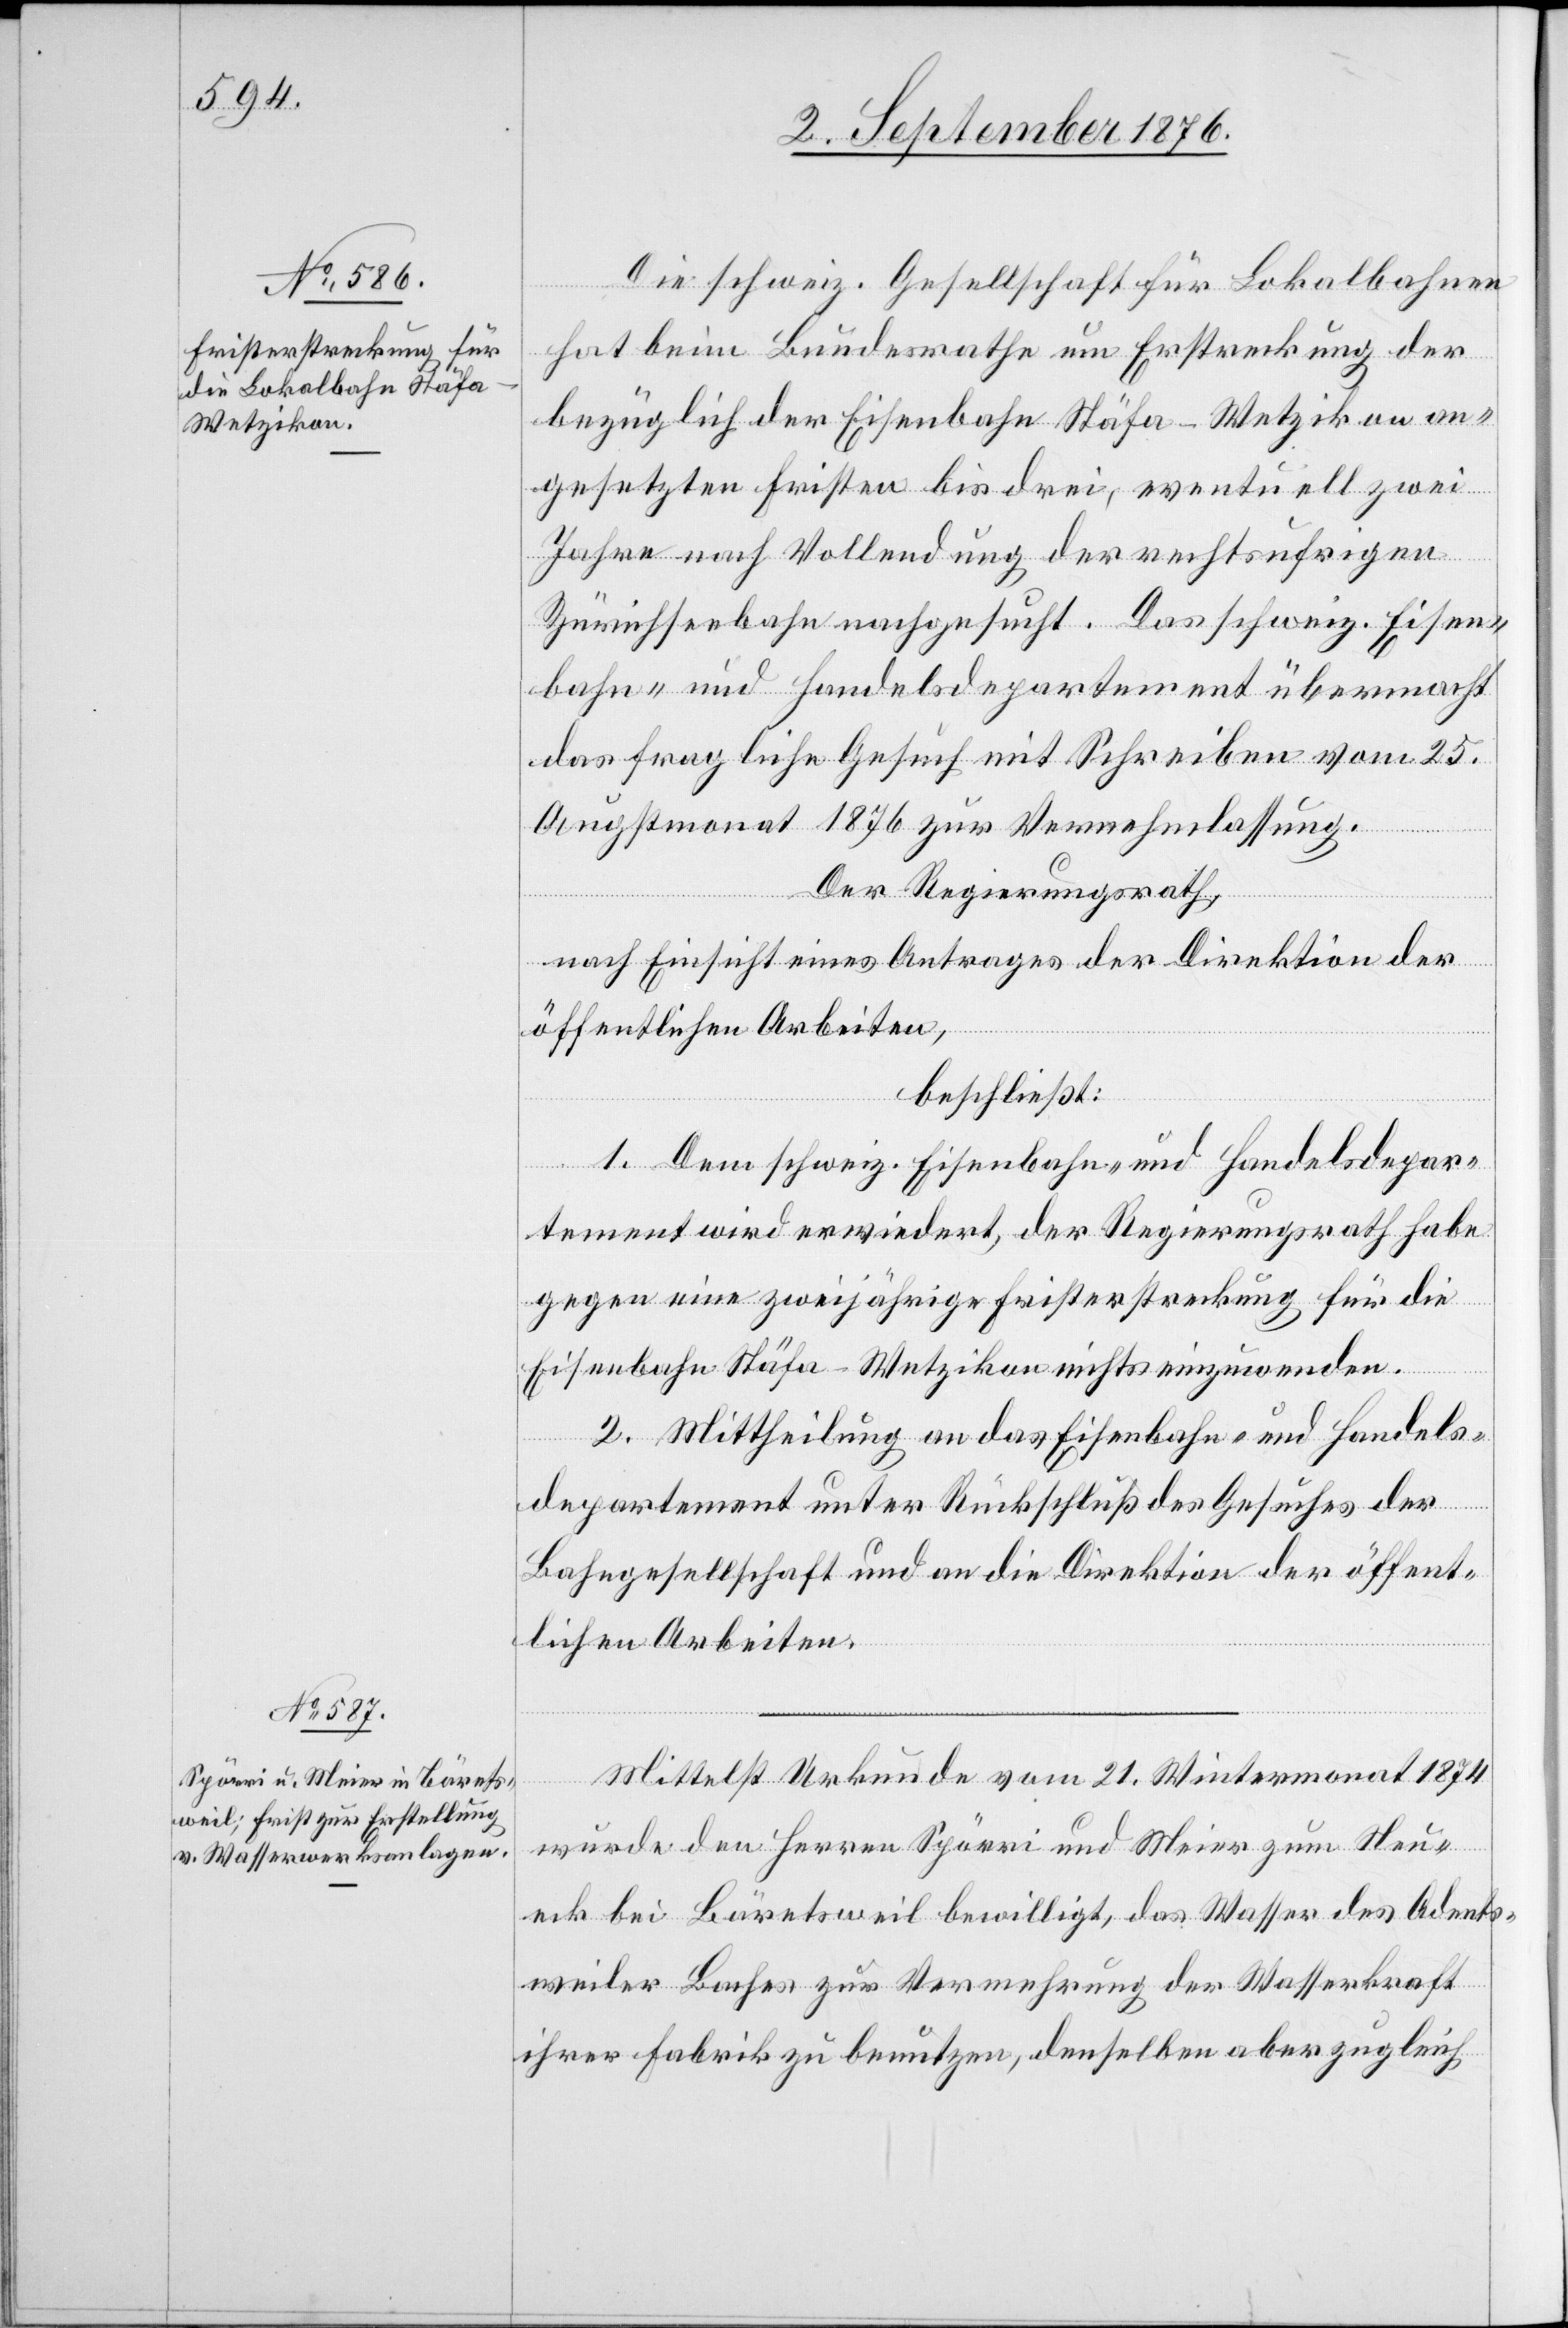
Die schweiz. Gesellschaft für Lokalbahnen
hat beim Bundesrathe um Erstreckung der
bezüglichen Eisenbahn Stäfa–Wetzikon an¬
gesetzten Fristen bis drei, eventuell zwei
Jahre nach Vollendung der rechtsufrigen
Zürichseebahn nachgesucht. Das schweiz. Eisen¬
bahn- und Handelsdepartement übermacht
das fragliche Gesuch mit Schreiben vom 25.
Augstmonat 1876 zur Vernehmlassung.
an die
Der Regierungsrath,
nach Einsicht eines Antrages der Direktion der
öffentlichen Arbeiten.
beschließt:
1. Dem schweiz. Eisenbahn- und Handelsdepar¬
tement wird erwiedert, der Regierungsrath habe
gegen eine zweijährige Fristerstreckung für die
Eisenbahn Stäfa–Wetzikon nichts einzuwenden.
2. Mittheilung an das Eisenbahn- und Handels¬
Mittelst Urkunde vom 21. Wintermonat 1874
wurde den Herren Spörri und Meier zum Neu¬
eck bei Bäretsweil bewilligt, das Wasser des Adents¬
weiler Baches zur Vermehrung der Wasserkraft
ihrer Fabrik zu benutzen, denselben aber zugleich